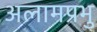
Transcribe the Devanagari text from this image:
अलामप्रभु